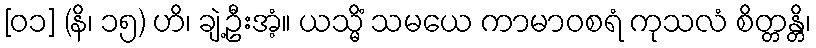
[၀၁] (နိ၊ ၁၅) ဟိ၊ ချဲ့ဦးအံ့။ ယသ္မိံ သမယေ ကာမာဝစရံ ကုသလံ စိတ္တန္တိ၊